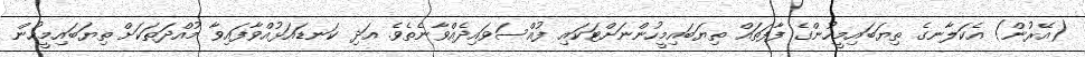
(އޭރުން) އެކަލާނގެ ތިޔަބައިމީހުންގެ ފާފަތައް ތިޔަބައިމީހުންނަށްޓަކައި ފުއްސަވައިދެއްވާނެތެވެ. އަދި ކަނޑައަޅުއްވާފައިވާ މުއްދަތަކަށް ތިޔަބައިމީހުން